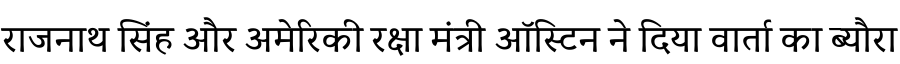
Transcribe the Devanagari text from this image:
राजनाथ सिंह और अमेरिकी रक्षा मंत्री ऑस्टिन ने दिया वार्ता का ब्यौरा